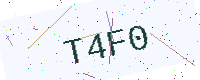
Text: T4F0